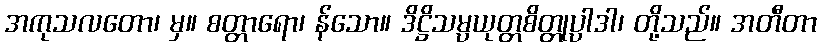
အကုသလတော၊ မှ။ စတ္တာရော၊ န်သော။ ဒိဋ္ဌိသမ္ပယုတ္တစိတ္တုပ္ပါဒါ၊ တို့သည်။ အတီတာ